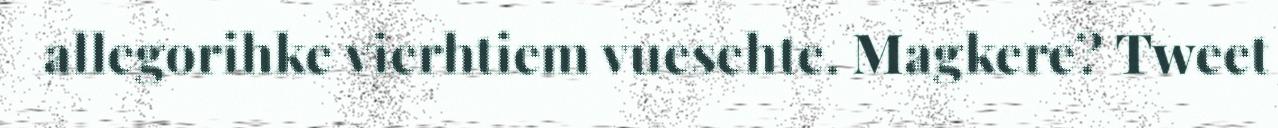
allegorihke vierhtiem vuesehte. Magkere? Tweet